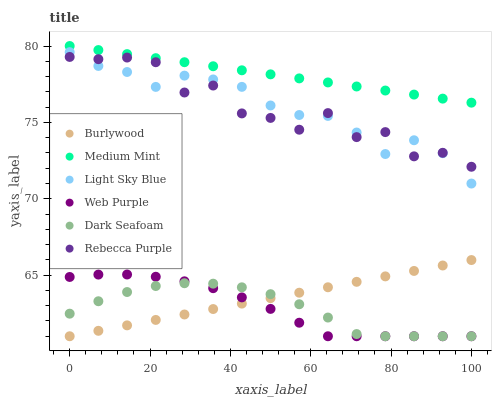
| xaxis_label | Burlywood | Medium Mint | Light Sky Blue | Web Purple | Dark Seafoam | Rebecca Purple |
 | --- | --- | --- | --- | --- | --- | --- |
 | 0 | 61 | 80 | 79.6 | 64.9 | 62.5 | 79.3 |
 | 7.14 | 61.4 | 79.7 | 78.7 | 65 | 63.3 | 79.1 |
 | 14.3 | 61.7 | 79.5 | 78.3 | 65 | 63.9 | 79.2 |
 | 21.4 | 62.1 | 79.2 | 77.3 | 64.9 | 64.3 | 78.9 |
 | 28.6 | 62.4 | 78.9 | 78.1 | 64.6 | 64.5 | 77 |
 | 35.7 | 62.8 | 78.7 | 77.8 | 64.1 | 64.4 | 77.4 |
 | 42.9 | 63.1 | 78.4 | 77.3 | 63.5 | 64.2 | 75.6 |
 | 50 | 63.5 | 78.1 | 76.1 | 62.8 | 63.8 | 75.3 |
 | 57.1 | 63.9 | 77.9 | 75.5 | 61.9 | 63.1 | 74.5 |
 | 64.3 | 64.2 | 77.6 | 75.4 | 61 | 62.2 | 75.6 |
 | 71.4 | 64.6 | 77.4 | 74.3 | 61 | 61.1 | 74 |
 | 78.6 | 64.9 | 77.1 | 72.9 | 61 | 61 | 74.4 |
 | 85.7 | 65.3 | 76.8 | 73.8 | 61 | 61 | 72.8 |
 | 92.9 | 65.6 | 76.6 | 73 | 61 | 61 | 73 |
 | 100 | 66 | 76.3 | 71 | 61 | 61 | 72.1 |